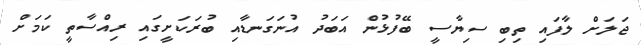
ޖަލަށް ލާފައި ތިބި ސިޔާސީ ބޭފުޅުން އަބަދު އުނަގަނޑާއި ބުރަކަށީގައި ރިއްސާތީ ކަމަށް